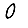
Digit: 0